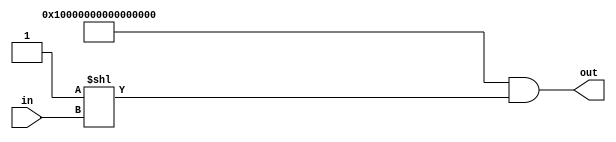
module decoder6to64(input[5:0] in, output [63:0] out);
	assign out = {64{1'b1}} & (1'b1 << in);
endmodule